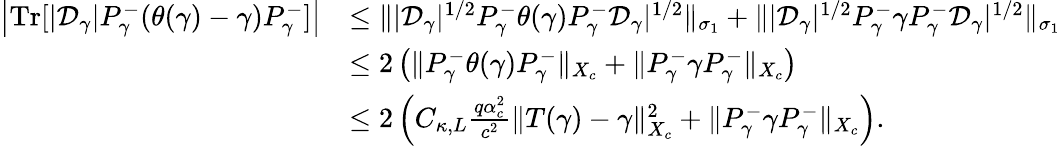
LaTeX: \begin{array}{rl}{\left|{\mathrm{Tr}}[|\mathcal D_{\gamma}|P_{\gamma}^{-}(\theta(\gamma)-\gamma)P_{\gamma}^{-}]\right|}&{\leq\| |\mathcal D_{\gamma}|^{1/2}P_{\gamma}^{-}\theta(\gamma)P_{\gamma}^{-}\mathcal D_{\gamma}|^{1/2}\| _{\sigma_{1}}+\| |\mathcal D_{\gamma}|^{1/2}P_{\gamma}^{-}\gamma P_{\gamma}^{-}\mathcal D_{\gamma}|^{1/2}\| _{\sigma_{1}}}\\ &{\leq 2\left(\| P_{\gamma}^{-}\theta(\gamma)P_{\gamma}^{-}\| _{X_{c}}+\| P_{\gamma}^{-}\gamma P_{\gamma}^{-}\| _{X_{c}}\right)}\\ &{\leq 2\left(C_{\kappa,L}\frac{q\alpha_{c}^{2}}{c^{2}}\| T(\gamma)-\gamma\| _{X_{c}}^{2}+\| P_{\gamma}^{-}\gamma P_{\gamma}^{-}\| _{X_{c}}\right).}\end{array}